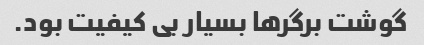
گوشت برگرها بسیار بی کیفیت بود.